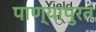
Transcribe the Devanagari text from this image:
पाण्यापुरतं